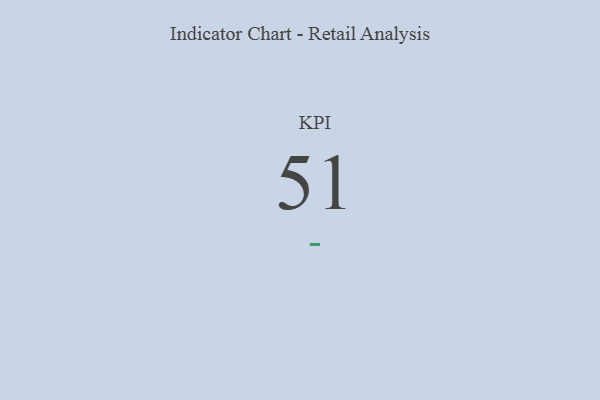
{"axis": {"x": "KPI", "y": "Value"}, "legend": [""], "data": [{"x": "KPI", "y": 51, "type": ""}]}